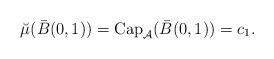
LaTeX: \begin{align*}\breve \mu ( \bar B (0, 1) ) = \mbox{Cap}_{\mathcal{A}} ( \bar B (0,1) )= c_1. \end{align*}